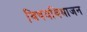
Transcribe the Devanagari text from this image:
विषयविभाजन